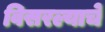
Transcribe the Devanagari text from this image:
विसरल्याचे